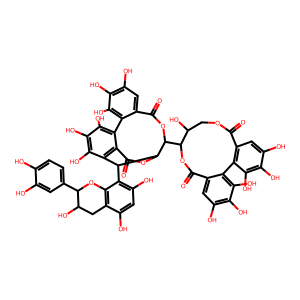
SMILES: O=C1OCC(O)C(C2OC(=O)c3cc(O)c(O)c(O)c3-c3c(O)c(O)c(O)c4c3C(=O)OC2C4c2c(O)cc(O)c3c2OC(c2ccc(O)c(O)c2)C(O)C3)OC(=O)c2cc(O)c(O)c(O)c2-c2c1cc(O)c(O)c2O
Inhibits HIV replication: Yes